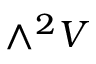
\wedge ^ { 2 } V